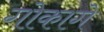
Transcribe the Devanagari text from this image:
गोकागे